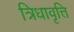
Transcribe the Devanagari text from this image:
त्रिधावृत्ति